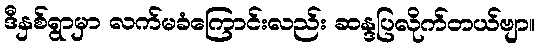
ဒီနှစ်ရွာမှာ လက်မခံကြောင်းလည်း ဆန္ဒပြလိုက်တယ်ဗျာ။